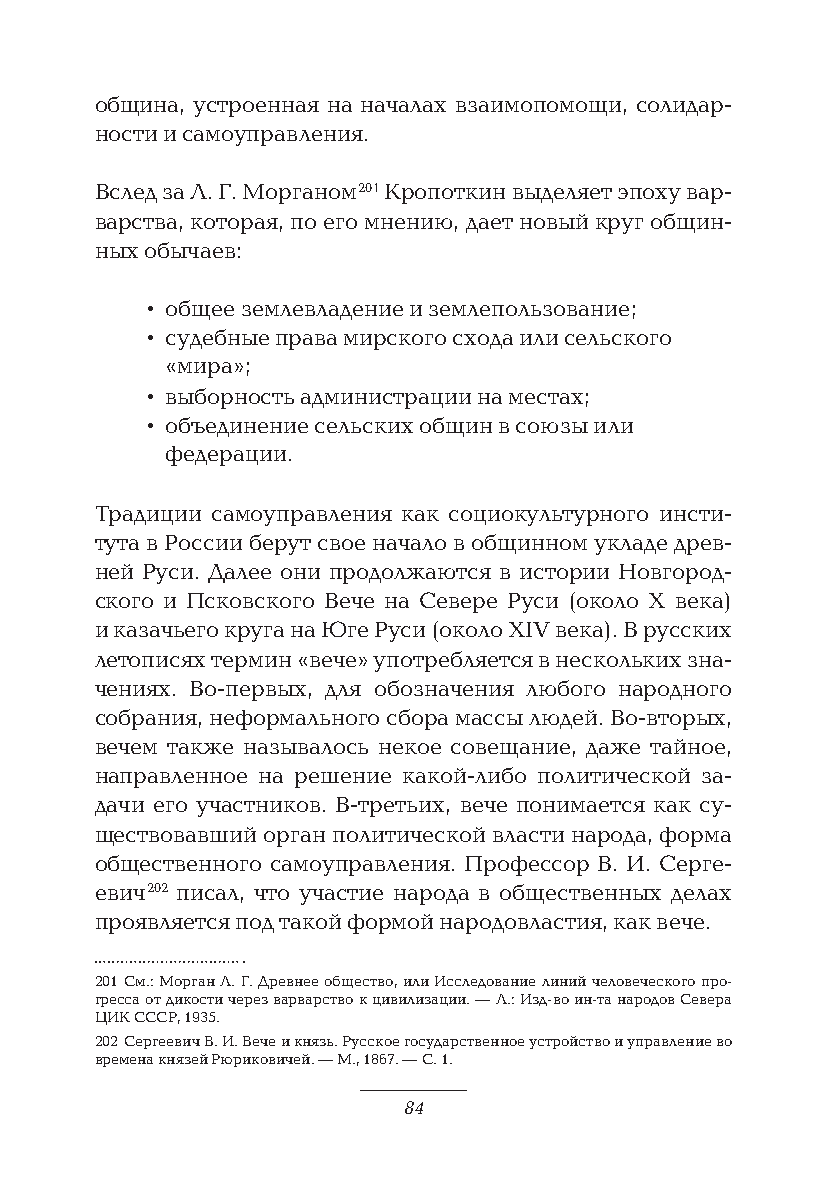
община, устроенная на началах взаимопомощи, солидар-
 ности и самоуправления.
 Вслед за Л. Г. Морганом 201 Кропоткин выделяет эпоху вар-
 варства, которая, по его мнению, дает новый круг общин-
 ных обычаев:
 • общее землевладение и землепользование;
 • судебные права мирского схода или сельского
 «мира»;
 • выборность администрации на местах;
 • объединение сельских общин в союзы или
 федерации.
 Традиции самоуправления как социокультурного инсти-
 тута в России берут свое начало в общинном укладе древ-
 ней Руси. Далее они продолжаются в истории Новгород-
 ского и Псковского Вече на Севере Руси (около X века)
 и казачьего круга на Юге Руси (около XIV века). В русских
 летописях термин «вече» употребляется в нескольких зна-
 чениях. Во-первых, для обозначения любого народного
 собрания, неформального сбора массы людей. Во-вторых,
 вечем также называлось некое совещание, даже тайное,
 направленное на решение какой-либо политической за-
 дачи его участников. В-третьих, вече понимается как су-
 ществовавший орган политической власти народа, форма
 общественного самоуправления. Профессор В. И. Серге-
 евич 202 писал, что участие народа в общественных делах
 проявляется под такой формой народовластия, как вече.
 201 См.: Морган Л. Г. Древнее общество, или Исследование линий человеческого про-
 гресса от дикости через варварство к цивилизации. — Л.: Изд-во ин-та народов Севера
 ЦИК СССР, 1935.
 202 Сергеевич В. И. Вече и князь. Русское государственное устройство и управление во
 времена князей Рюриковичей. — М., 1867. — С. 1.
 84